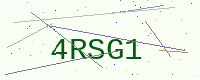
Text: 4RSG1